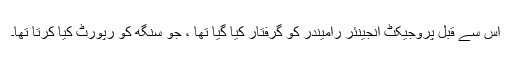
اس سے قبل پروجیکٹ انجینئر رامیندر کو گرفتار کیا گیا تھا ، جو سنگھ کو رپورٹ کیا کرتا تھا۔